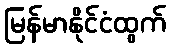
မြန်မာနိုင်ငံထွက်